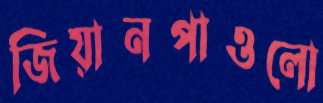
জিয়ানপাওলো